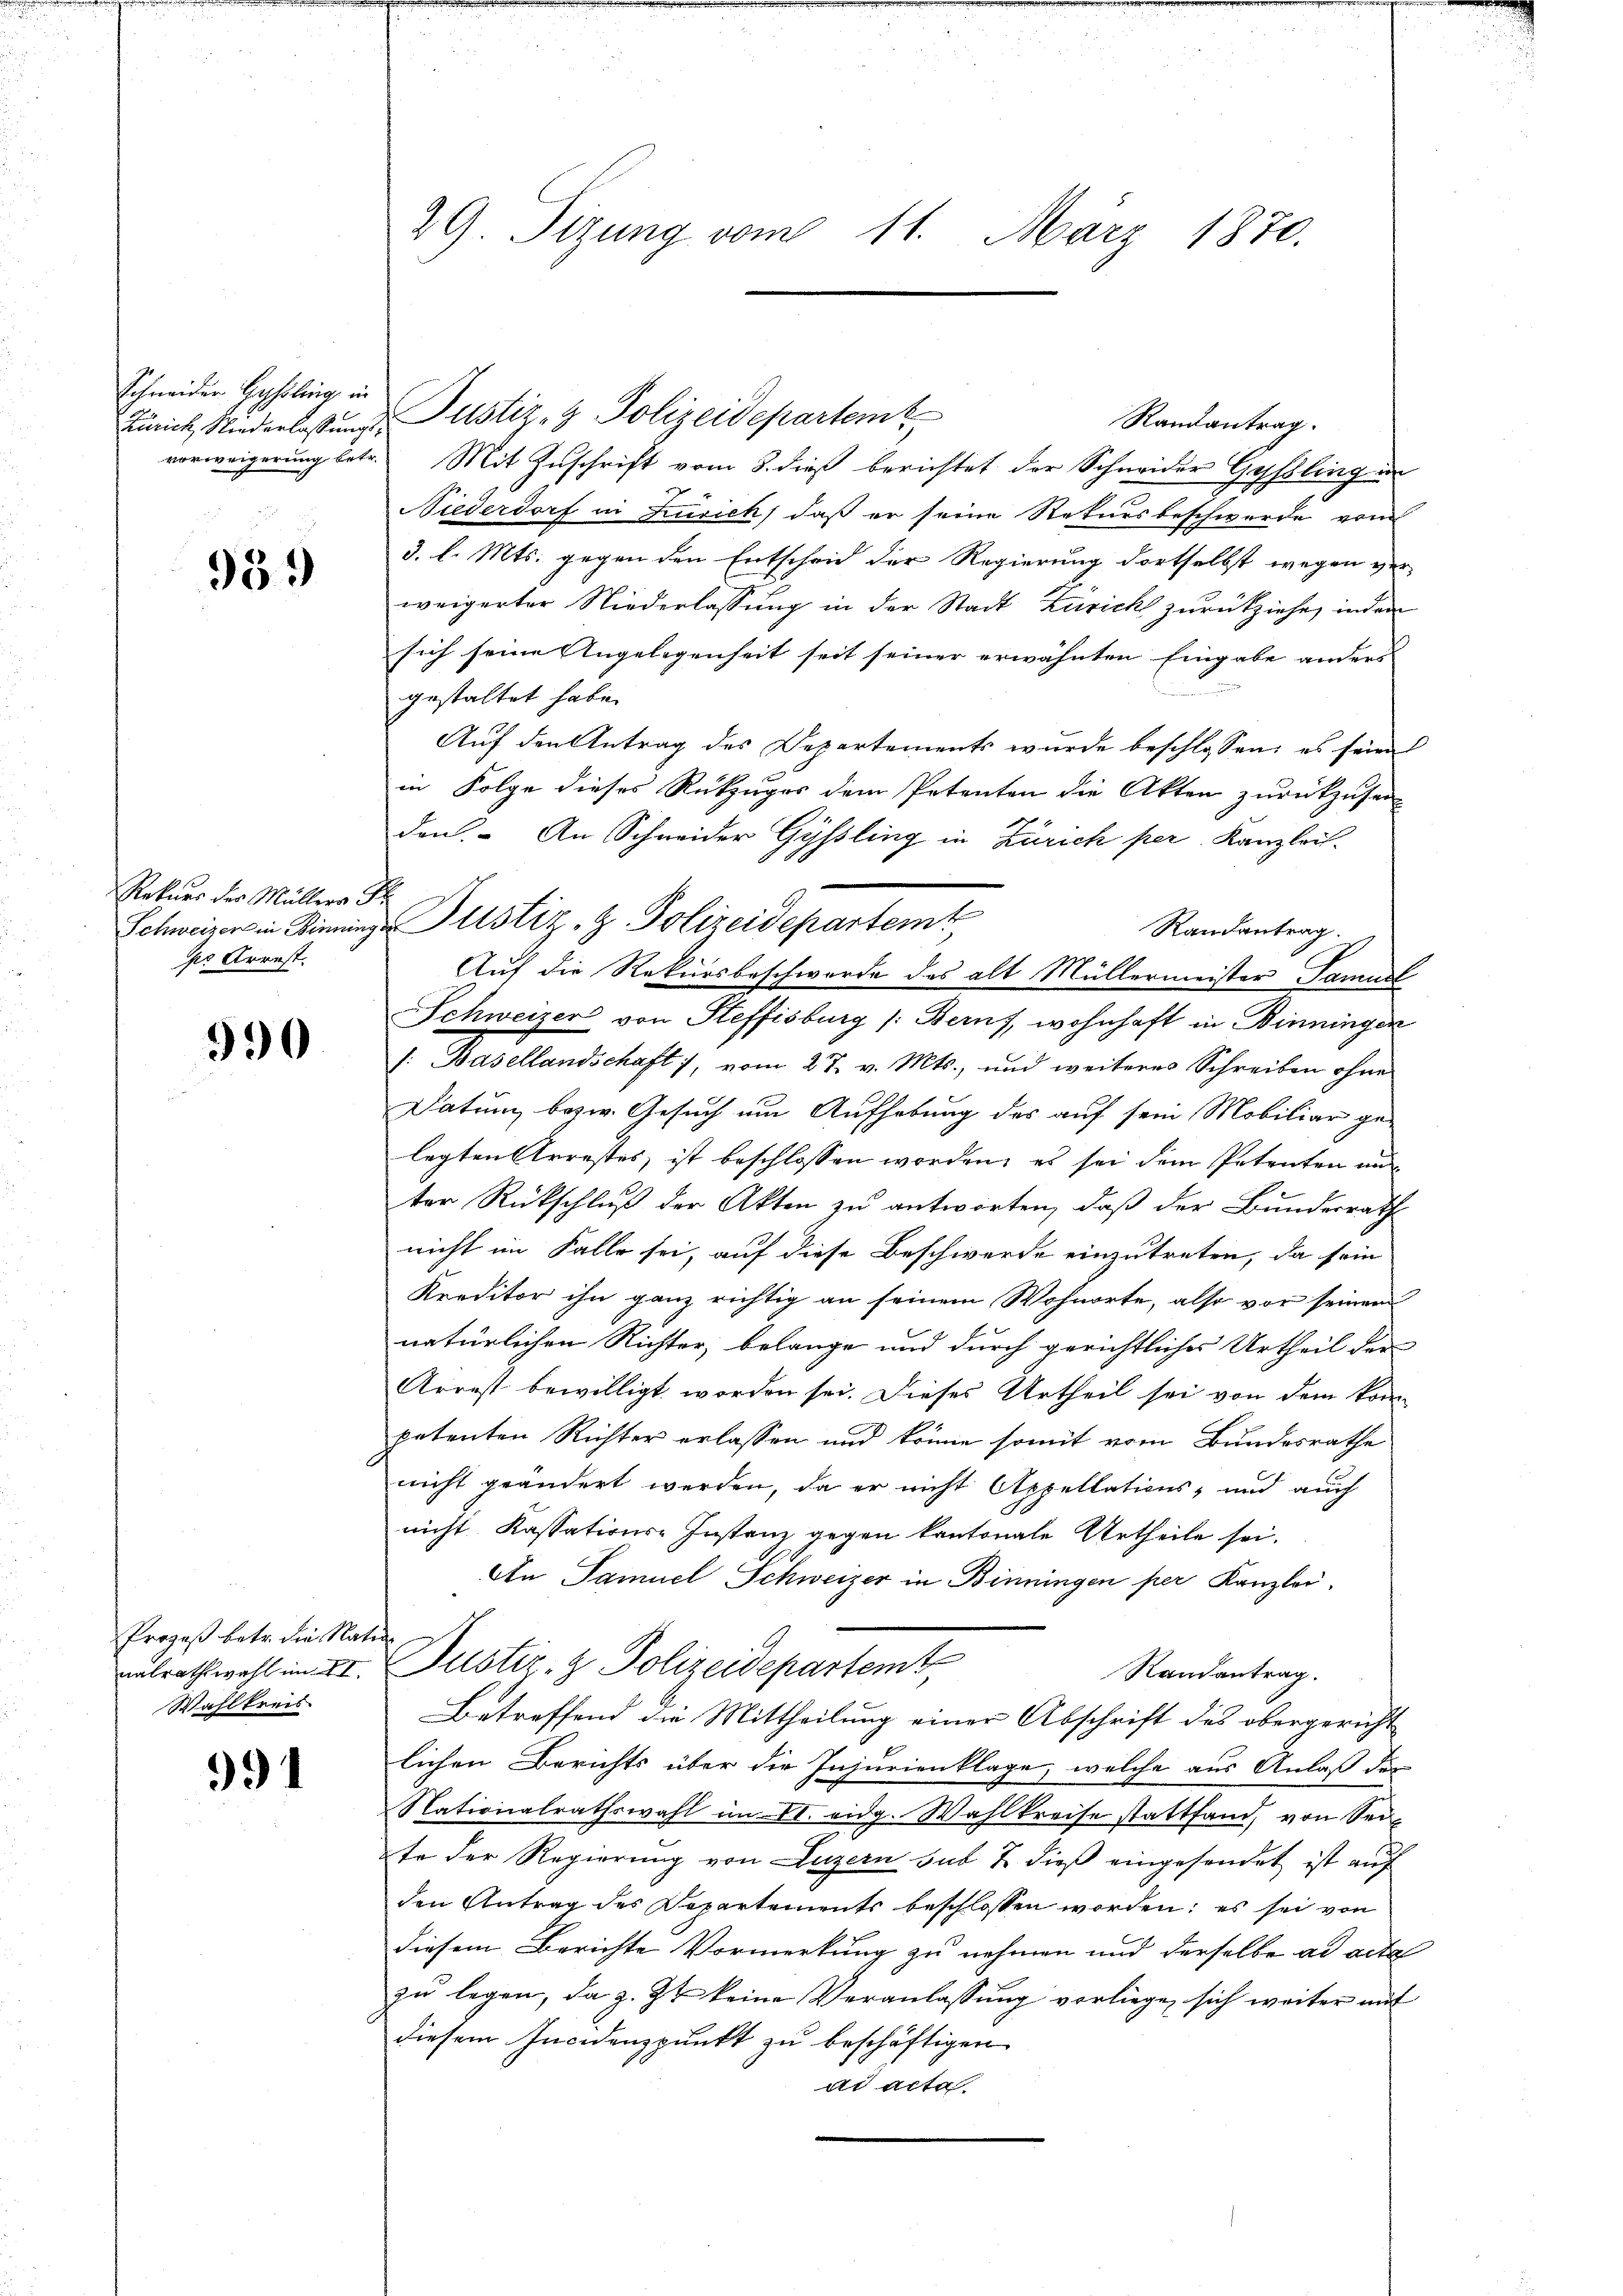
Schneider Gyssling, in

959

Rekurs der Müllers R
sr Arrest

990

Prozeß betr. die Rat
nalrathswahl im II.
Wahlkreis

391

29 Sizung vom 11. März 1870.

Schweizer in Winninger Justiz- & Polizeidepartemt

Zürich, Niederlassung Justiz- & Polizeidepartert

Randantrag.
vorweigerung betr. Mit Zuschrift vom 3. dieß berichtet der Schneider Gyßling in
Niederdorf in Zusick, daß er seine Rekursbeschwerde vom
3. l. Mts. gegen den Entscheid der Regierung dortselbst wegen ver-
weigerter Niederlassung in der Stadt Züricht zurückziehe, inden
sich seine Angelegenheit seit seiner erwähnten Eingabe anders
gestaltet habe.
Auf den Antrag des Departements wurde beschlossen: es seien
in Folge dieses Rückzuges dem Petenten die Akten zurückzusen-
den. An Schneider Gyssling in Zürich per Kanzlei-
Randantrag.
Auf die Rekursbeschwerde des alt Müllermeister Samuel
Schweizer von Steffisburg /: Beruf, wohnhaft in Binningen
1. Basellandschaft, vom 27. v. Mts., und weiteres Schreiben ohne
Datum bezw. Gesuch um Aufhebung des auf sein Mobiliar gelegten Arrestes ist beschlossen worden, es sei dem Petenten un
ter Rückschluß der Akten zu antworten, daß der Bundesrath
nicht im Falle sei, auf diese Beschwerde einzutreten, da sein
Kreditor ihn ganz richtig an seinem Wohnorte, also vor seinen
natürlichen Richter, belange und durch gerichtliches Urtheil der
Arrest bewilligt worden sei. Dieses Urtheil sei von dem kom
petenten Richter erlassen und könne somit vom Bundesrathe
nicht geändert werden, da er nicht Appellations- und auch
nicht Kassations-Instanz gegen kantonale Urtheile sei.
An Samuel Schweizer in Benningen per Kanzlei,
i
Justiz- & Polizeidepartemt
Randantrag.
Betreffend die Mittheilung einer Abschrift des obergericht
lichen Berichts über die Injurienklage, welche aus Anlaß der
Nationalrathswahl im VI. eidg. Wahlkreise stattfand, von Sei
te der Regierung von Luzern sub 7 dieβ eingesendet ist auf
den Antrag des Departements beschlossen worden; es sei von
diesem Berichte Vormerkung zu nehmen und derselbe ad acta
zu legen, da z. Zt keine Veranlassung vorliege, sich weiter mit
diesem Incidenzpunkt zu beschäftigen
ad acta